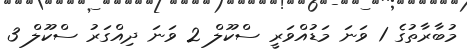
މުބާރާތުގެ 1 ވަނަ މަޑުއްވަރީ ސްކޫލް 2 ވަނަ ދިއްގަރު ސްކޫލް 3